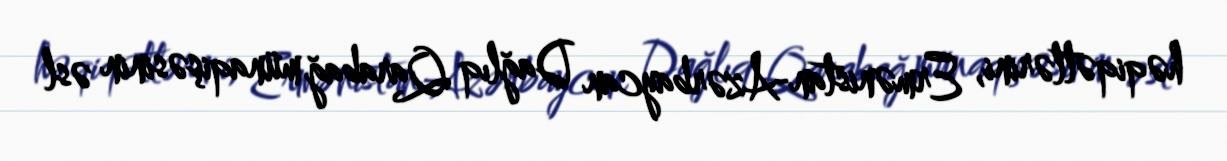
həqiqətlərini, Ermənistan-Azərbaycan Dağlıq Qarabağ münaqişəsinin əsl